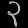
Digit: ၃